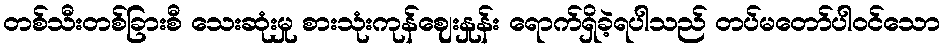
တစ်သီးတစ်ခြားစီ သေးဆုံးမှု စားသုံးကုန်ဈေးနှုန်း ရောက်ရှိခဲ့ရပါသည် တပ်မတော်ပါဝင်သော